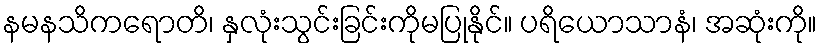
နမနသိကရောတိ၊ နှလုံးသွင်းခြင်းကိုမပြုနိုင်။ ပရိယောသာနံ၊ အဆုံးကို။